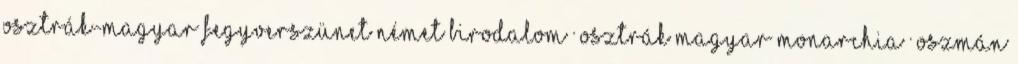
Osztrák-magyar fegyverszünet Német Birodalom · Osztrák–Magyar Monarchia · Oszmán